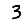
Digit: 3